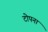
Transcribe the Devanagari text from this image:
टोपना